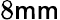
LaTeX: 8\mathsf{m}\mathsf{m}